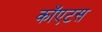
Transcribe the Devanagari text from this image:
कॉएटस